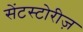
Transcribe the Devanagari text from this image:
सेंटस्टोरीज़